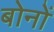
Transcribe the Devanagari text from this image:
बोनों